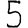
Digit: 5